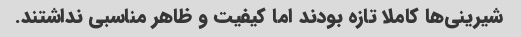
شیرینی‌ها کاملا تازه بودند اما کیفیت و ظاهر مناسبی نداشتند.